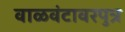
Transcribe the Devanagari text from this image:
वाळवंटावरपुत्र